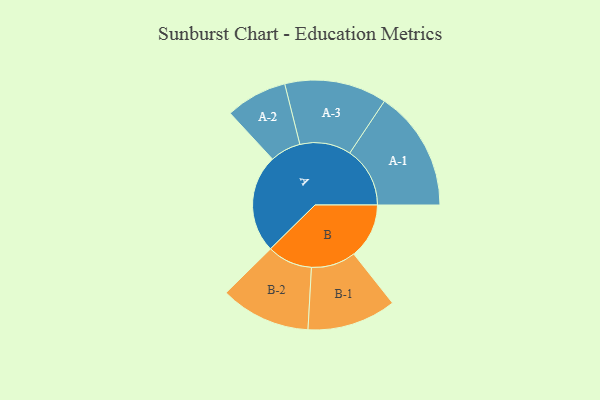
{"axis": {"x": "Segment", "y": "Value"}, "legend": ["", "A", "B"], "data": [{"x": "A", "y": 457, "type": ""}, {"x": "B", "y": 257, "type": ""}, {"x": "A-1", "y": 280, "type": "A"}, {"x": "A-2", "y": 143, "type": "A"}, {"x": "A-3", "y": 238, "type": "A"}, {"x": "B-1", "y": 207, "type": "B"}, {"x": "B-2", "y": 210, "type": "B"}]}